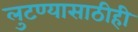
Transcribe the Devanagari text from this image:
लुटण्यासाठीही